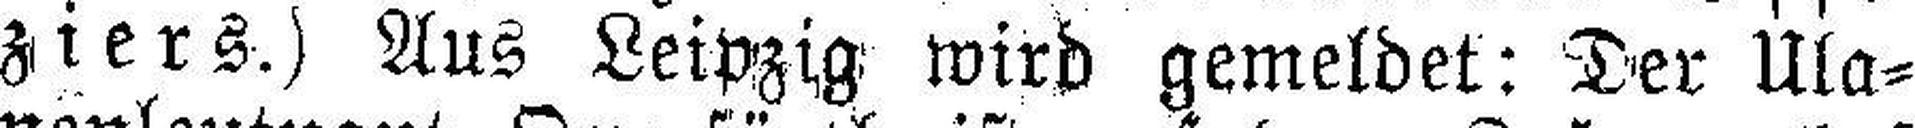
ziers.) Aus Leipzig wird gemeldet: Der Ula¬